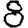
Digit: 8